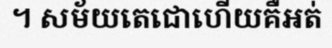
។ សម័យតេជោហើយគឺអត់